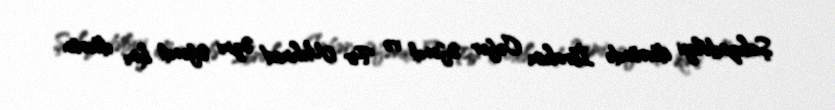
Şahzadəliyi dövründə İbrahim Cəfər Əfəndi və Pir Mehmed Əzmi Əfəndi kimi dövrün